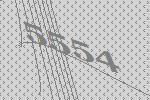
5554